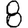
Digit: 8